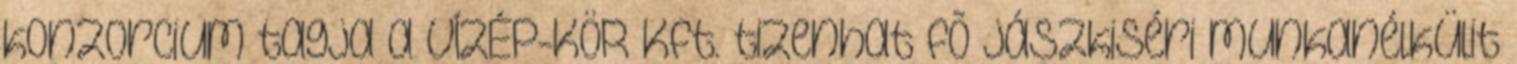
konzorcium tagja a VÍZÉP-KÖR Kft. tizenhat fõ jászkiséri munkanélkülit